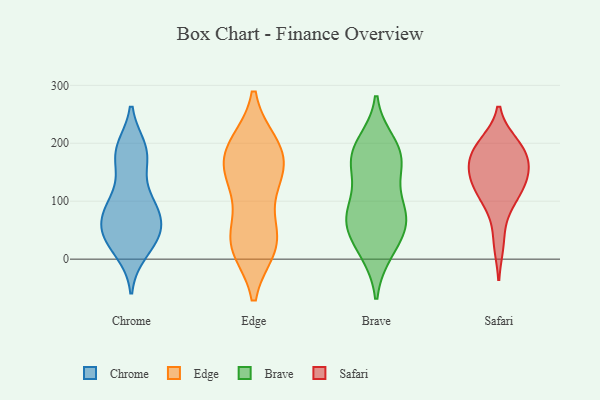
{"axis": {"x": "Humidity (%)", "y": "Value"}, "legend": ["Brave", "Chrome", "Edge", "Safari"], "data": [{"x": "", "y": 27, "type": "Chrome"}, {"x": "", "y": 93, "type": "Chrome"}, {"x": "", "y": 46, "type": "Chrome"}, {"x": "", "y": 178, "type": "Chrome"}, {"x": "", "y": 84, "type": "Chrome"}, {"x": "", "y": 50, "type": "Chrome"}, {"x": "", "y": 52, "type": "Chrome"}, {"x": "", "y": 183, "type": "Chrome"}, {"x": "", "y": 63, "type": "Chrome"}, {"x": "", "y": 47, "type": "Chrome"}, {"x": "", "y": 25, "type": "Chrome"}, {"x": "", "y": 14, "type": "Chrome"}, {"x": "", "y": 170, "type": "Chrome"}, {"x": "", "y": 190, "type": "Chrome"}, {"x": "", "y": 111, "type": "Chrome"}, {"x": "", "y": 87, "type": "Chrome"}, {"x": "", "y": 92, "type": "Chrome"}, {"x": "", "y": 190, "type": "Chrome"}, {"x": "", "y": 192, "type": "Edge"}, {"x": "", "y": 115, "type": "Edge"}, {"x": "", "y": 197, "type": "Edge"}, {"x": "", "y": 45, "type": "Edge"}, {"x": "", "y": 177, "type": "Edge"}, {"x": "", "y": 21, "type": "Edge"}, {"x": "", "y": 22, "type": "Edge"}, {"x": "", "y": 27, "type": "Edge"}, {"x": "", "y": 151, "type": "Edge"}, {"x": "", "y": 138, "type": "Edge"}, {"x": "", "y": 33, "type": "Edge"}, {"x": "", "y": 155, "type": "Edge"}, {"x": "", "y": 197, "type": "Edge"}, {"x": "", "y": 145, "type": "Brave"}, {"x": "", "y": 82, "type": "Brave"}, {"x": "", "y": 168, "type": "Brave"}, {"x": "", "y": 189, "type": "Brave"}, {"x": "", "y": 200, "type": "Brave"}, {"x": "", "y": 13, "type": "Brave"}, {"x": "", "y": 47, "type": "Brave"}, {"x": "", "y": 79, "type": "Brave"}, {"x": "", "y": 165, "type": "Brave"}, {"x": "", "y": 62, "type": "Brave"}, {"x": "", "y": 76, "type": "Brave"}, {"x": "", "y": 79, "type": "Brave"}, {"x": "", "y": 181, "type": "Brave"}, {"x": "", "y": 17, "type": "Brave"}, {"x": "", "y": 113, "type": "Safari"}, {"x": "", "y": 91, "type": "Safari"}, {"x": "", "y": 199, "type": "Safari"}, {"x": "", "y": 182, "type": "Safari"}, {"x": "", "y": 120, "type": "Safari"}, {"x": "", "y": 133, "type": "Safari"}, {"x": "", "y": 185, "type": "Safari"}, {"x": "", "y": 152, "type": "Safari"}, {"x": "", "y": 28, "type": "Safari"}, {"x": "", "y": 152, "type": "Safari"}, {"x": "", "y": 159, "type": "Safari"}, {"x": "", "y": 198, "type": "Safari"}]}